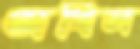
অখিল